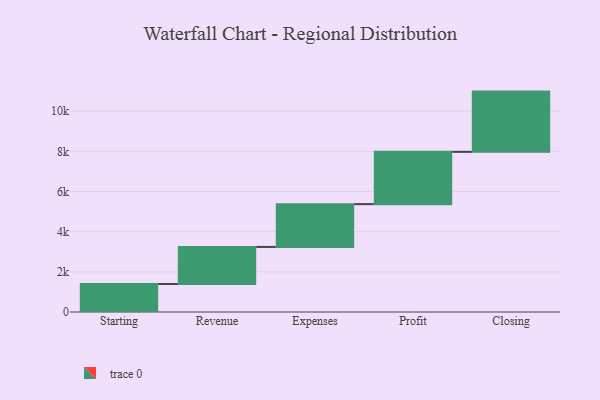
{"axis": {"x": "Step", "y": "Value"}, "legend": [""], "data": [{"x": "Starting", "y": 1393.0, "type": ""}, {"x": "Revenue", "y": 1847.0, "type": ""}, {"x": "Expenses", "y": 2131.0, "type": ""}, {"x": "Profit", "y": 2603.0, "type": ""}, {"x": "Closing", "y": 3000, "type": ""}]}